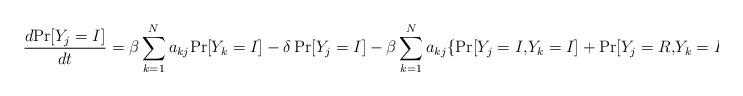
LaTeX: \begin{align*}\frac{d\!\Pr\!\left[ Y_{j}=I\right] }{dt}=\beta\sum_{k=1}^{N}a_{kj}\!\Pr\!\left[ Y_{k}=I\right] -\delta\Pr\!\left[ Y_{j}=I\right] -\beta\sum_{k=1}^{N}a_{kj}\!\left\{ \Pr\!\left[ Y_{j}=I,\!Y_{k}=I\right]+\Pr\!\left[ Y_{j}=R,\!Y_{k}=I\right] \right\}\end{align*}